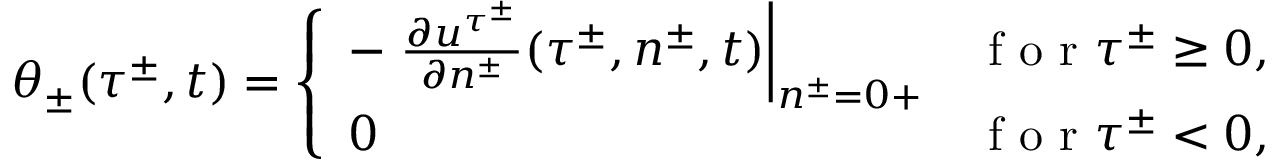
\theta _ { \pm } ( \tau ^ { \pm } , t ) = \left\{ \begin{array} { l l } { - \left. \frac { \partial u ^ { \tau ^ { \pm } } } { \partial n ^ { \pm } } ( \tau ^ { \pm } , n ^ { \pm } , t ) \right| _ { n ^ { \pm } = 0 + } } & { \textrm { f o r } \tau ^ { \pm } \geq 0 , } \\ { 0 } & { \textrm { f o r } \tau ^ { \pm } < 0 , } \end{array} \right.